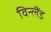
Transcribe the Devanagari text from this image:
विन्लैंड